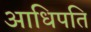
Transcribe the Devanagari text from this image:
आधिपति